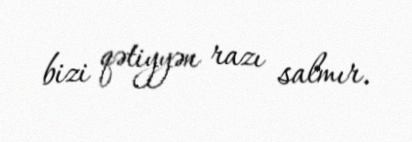
bizi qətiyyən razı salmır.